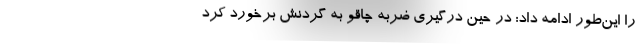
را این‌طور ادامه داد: در حین درگیری ضربه چاقو به گردنش برخورد کرد